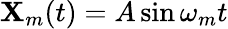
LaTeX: \mathbf{X}_{m}(t)=A\sin\omega_{m}t